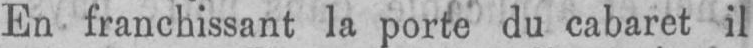
En franchissant la porte du cabaret il